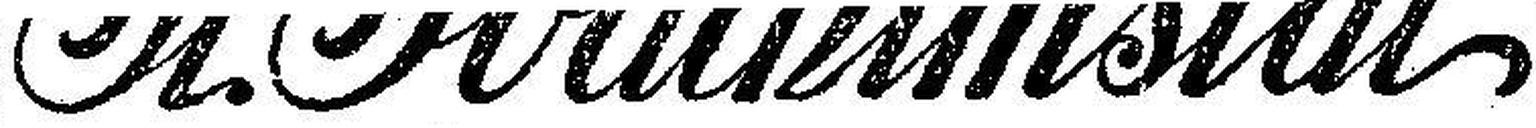
St Joachimstal